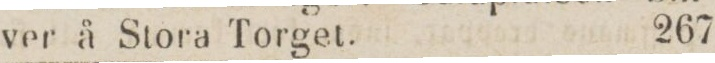
ver å Stora Torgel.    267